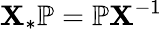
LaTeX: \mathbf{X}_{*}\mathbb{{P}}=\mathbb{{P}}\mathbf{X}^{-1}